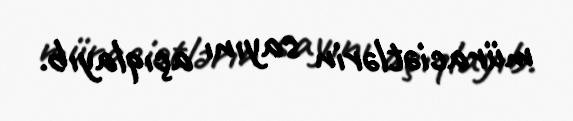
müraciətlərin sayını açıqlayıb.